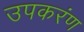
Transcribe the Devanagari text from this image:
उपकरंण